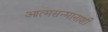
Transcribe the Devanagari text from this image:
आत्मसन्मानाशी